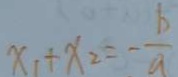
x _ { 1 } + x _ { 2 } = - \frac { b } { a }